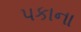
પકાના